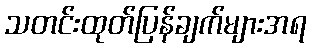
သတင်းထုတ်ပြန်ချက်များအရ